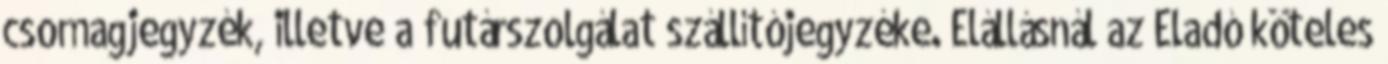
csomagjegyzék, illetve a futárszolgálat szállítójegyzéke. Elállásnál az Eladó köteles